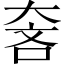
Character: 𱘵